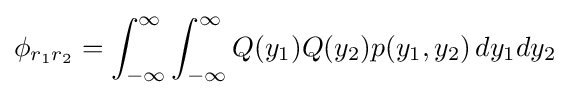
\phi _{r_{1}r_{2}}=\int _{-\infty }^{\infty }\int _{-\infty }^{\infty }Q(y_{1})Q(y_{2})p(y_{1},y_{2})\,dy_{1}dy_{2}